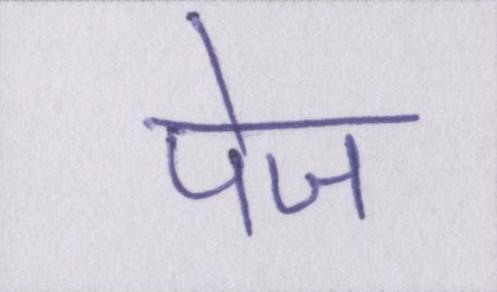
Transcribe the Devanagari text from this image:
पेज